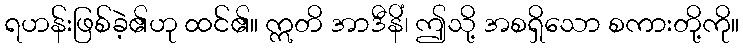
ရဟန်းဖြစ်ခဲ့၏ဟု ထင်၏။ ဣတိ အာဒီနိံ၊ ဤသို့ အစရှိသော စကားတို့ကို။